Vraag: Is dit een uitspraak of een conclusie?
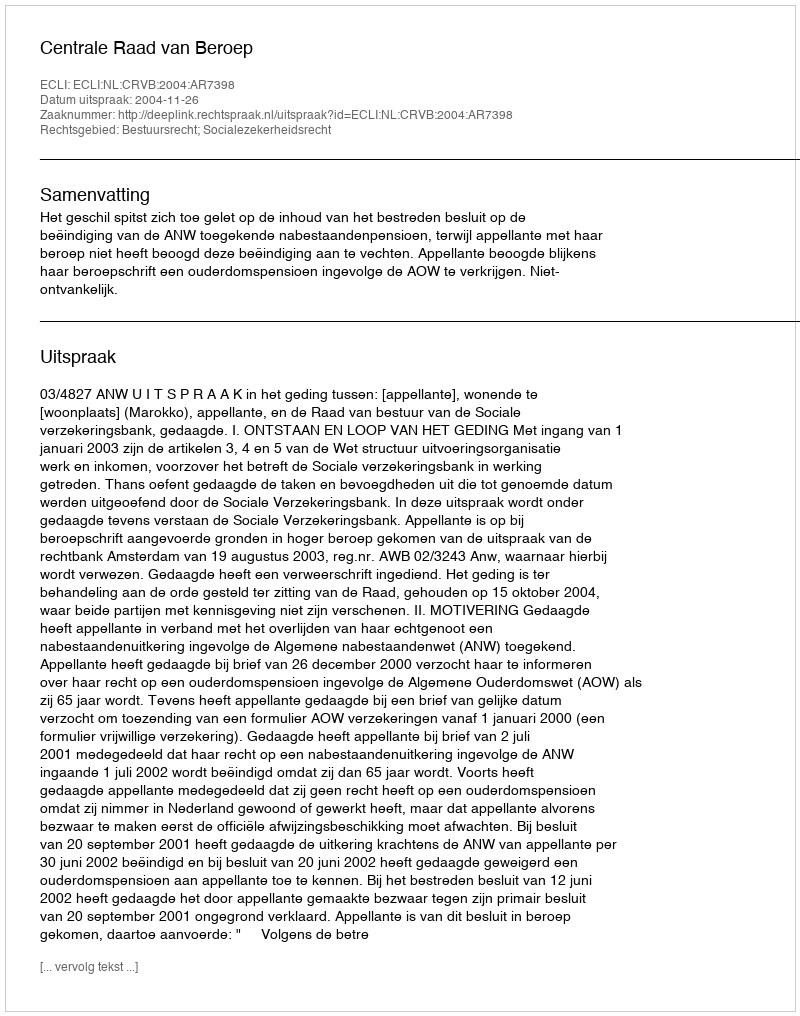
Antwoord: Uitspraak